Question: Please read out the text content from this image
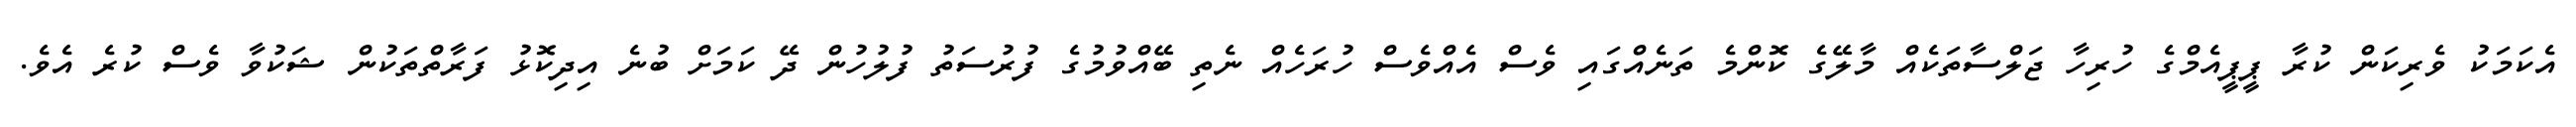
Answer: އެކަމަކު ވެރިކަން ކުރާ ޕީޕީއެމްގެ ހުރިހާ ޖަލްސާތަކެއް މާލޭގެ ކޮންމެ ތަނެއްގައި ވެސް އެއްވެސް ހުރަހެއް ނެތި ބޭއްވުމުގެ ފުރުސަތު ފުލުހުން ދޭ ކަމަށް ބުނެ އިދިކޮޅު ފަރާތްތަކުން ޝަކުވާ ވެސް ކުރެ އެވެ.